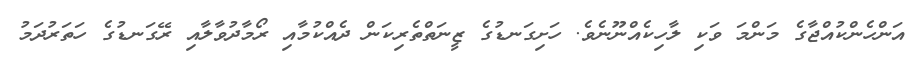
އަންހެންކުއްޖާގެ މަންމަ ވަކި ލާހިކެއްނޫނެވެ. ހަށިގަނޑުގެ ޒީނަތްތެރިކަން ދެއްކުމާއި ރޯމާދުވާލާއި ރޭގަނޑުގެ ހަތަރުދަމު